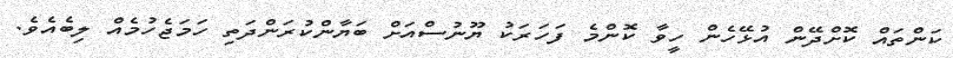
ކަންތައް ކޮށްދޭން އުޅޭހެން ހީވާ ކޮންމެ ފަހަރަކު ޔޫނުސްއަށް ބަޔާންކުރަންދަތި ހަމަޖެހުމެއް ލިބެއެވެ.